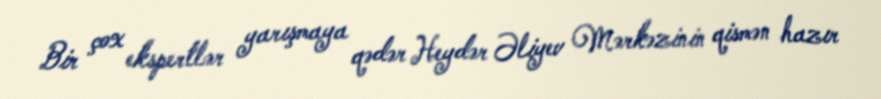
Bir çox ekspertlər yarışmaya qədər Heydər Əliyev Mərkəzinin qismən hazır